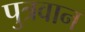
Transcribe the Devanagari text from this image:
पुत्रवान